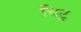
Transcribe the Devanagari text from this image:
चिट्र